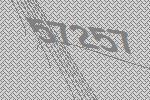
57257